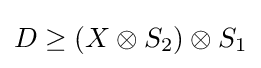
D\geq (X\otimes S_{2})\otimes S_{1}